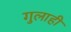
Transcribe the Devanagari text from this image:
गुलाही